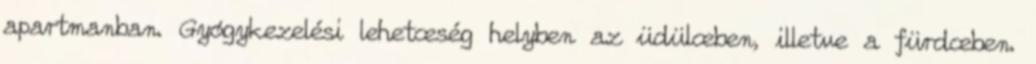
apartmanban. Gyógykezelési lehetœség helyben az üdülœben, illetve a fürdœben.